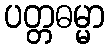
ပတ္တဓမ္မာ